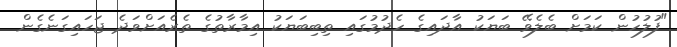
"ފުލުހުން ކަމަށް ބެލެވޭ ބަޔަކު އާދައިގެ ހެދުމުގައި ތިބިބަޔަކު އިމާރާތުގެ ތެރެއަށްވަދެ ޖަހައިގަނެގެން